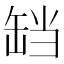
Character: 𬙏